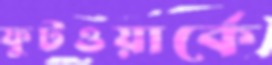
ফুটওয়ার্কে